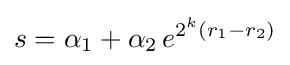
s=\alpha _{1}+\alpha _{2}\,e^{2^{k}(r_{1}-r_{2})}